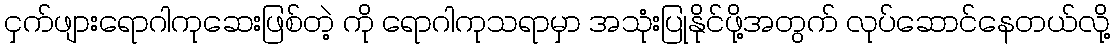
ငှက်ဖျားရောဂါကုဆေးဖြစ်တဲ့ ကို ရောဂါကုသရာမှာ အသုံးပြုနိုင်ဖို့အတွက် လုပ်ဆောင်နေတယ်လို့